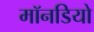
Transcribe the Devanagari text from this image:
मॉनडियो